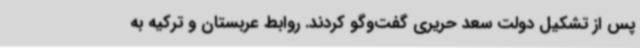
پس از تشکیل دولت سعد حریری گفت‌وگو کردند. روابط عربستان و ترکیه به